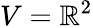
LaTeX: V=\mathbb{R}^{2}